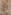
و